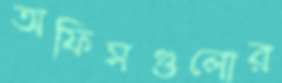
অফিসগুলোর